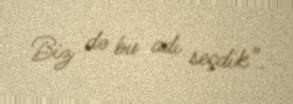
Biz də bu adı seçdik”.